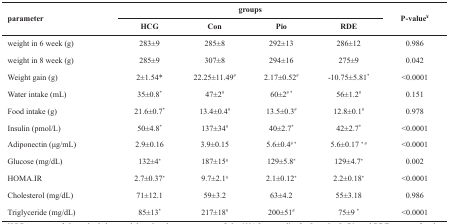
| parameter | <COLSPAN=4> groups | <ROWSPAN=2> P-value¥ |
 |  | HCG | Con | Pio | RDE |
 | --- | --- | --- | --- | --- | --- |
 | weight in 6 week (g) | 283±9 | 285±8 | 292±13 | 286±12 | 0.986 |
 | weight in 8 week (g) | 285±9 | 307±8 | 294±16 | 275±9 | 0.042 |
 | Weight gain (g) | 2±1.54* | 22.25±11.49# | 2.17±0.52# | -10.75±5.81* | <0.0001 |
 | Water intake (mL) | 35±0.8* | 47±2# | 60±2# * | 56±1.2# | 0.151 |
 | Food intake (g) | 21.6±0.7* | 13.4±0.4# | 13.5±0.3# | 12.8±0.1# | 0.978 |
 | Insulin (pmol/L) | 50±4.8* | 137±34# | 40±2.7* | 42±2.7* | <0.0001 |
 | Adiponectin (μg/mL) | 2.9±0.16 | 3.9±0.15 | 5.6±0.4# * | 5.6±0.17 * # | <0.0001 |
 | Glucose (mg/dL) | 132±4* | 187±15# | 129±5.8* | 129±4.7* | 0.002 |
 | HOMA.IR | 2.7±0.37* | 9.7±2.1# | 2.1±0.12* | 2.2±0.18* | <0.0001 |
 | Cholesterol (mg/dL) | 71±12.1 | 59±3.2 | 63±4.2 | 55±3.18 | 0.986 |
 | Triglyceride (mg/dL) | 85±13* | 217±18# | 200±51# | 75±9 * | <0.0001 |